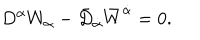
D ^ { \alpha } W _ { \alpha } - \bar { D } _ { \dot { \alpha } } \bar { W } ^ { \dot { \alpha } } = 0 .